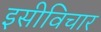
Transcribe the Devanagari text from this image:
इसीविचार